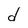
Character: d